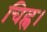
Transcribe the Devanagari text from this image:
चिह्न।